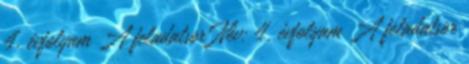
4. évfolyam A feladatsor Név: 4. évfolyam A feladatsor